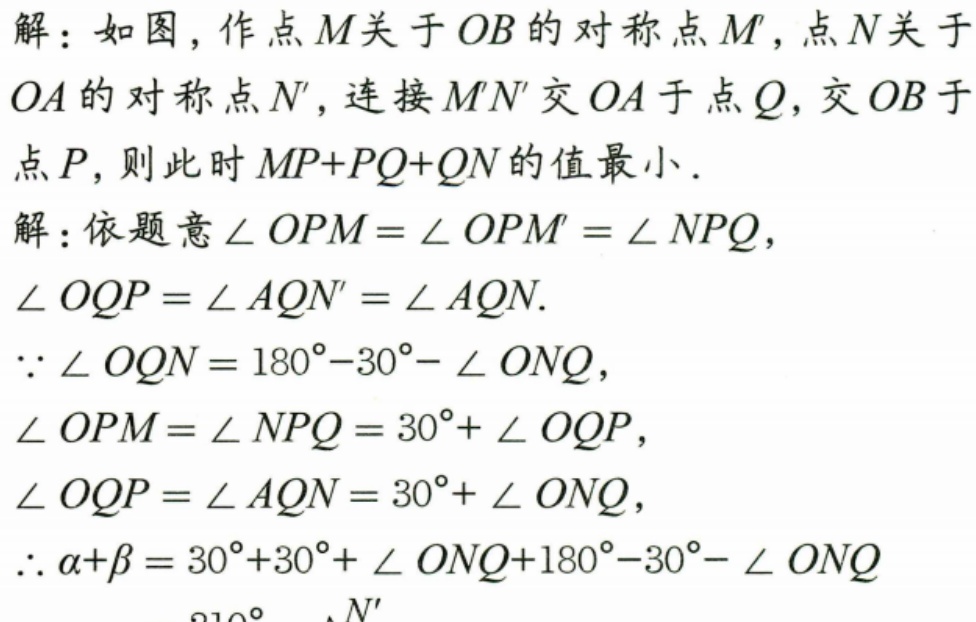
解：如图，作点\(M\)关于\(OB\)的对称点\(M'\)，点\(N\)关于
\(OA\)的对称点\(N'\)，连接\(M'N'\)交\(OA\)于点\(Q\)，交\(OB\)于
点\(P\)，则此时\(MP + PQ + QN\)的值最小．
解：依题意\(\angle OPM=\angle OPM'=\angle NPQ\)，
\(\angle OQP=\angle AQN'=\angle AQN\).
\(\because \angle OQN = 180^{\circ}-30^{\circ}-\angle ONQ\)，
\(\angle OPM=\angle NPQ = 30^{\circ}+\angle OQP\)，
\(\angle OQP=\angle AQN = 30^{\circ}+\angle ONQ\)，
\(\therefore \alpha+\beta = 30^{\circ}+30^{\circ}+\angle ONQ+180^{\circ}-30^{\circ}-\angle ONQ\)